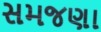
સમજણા